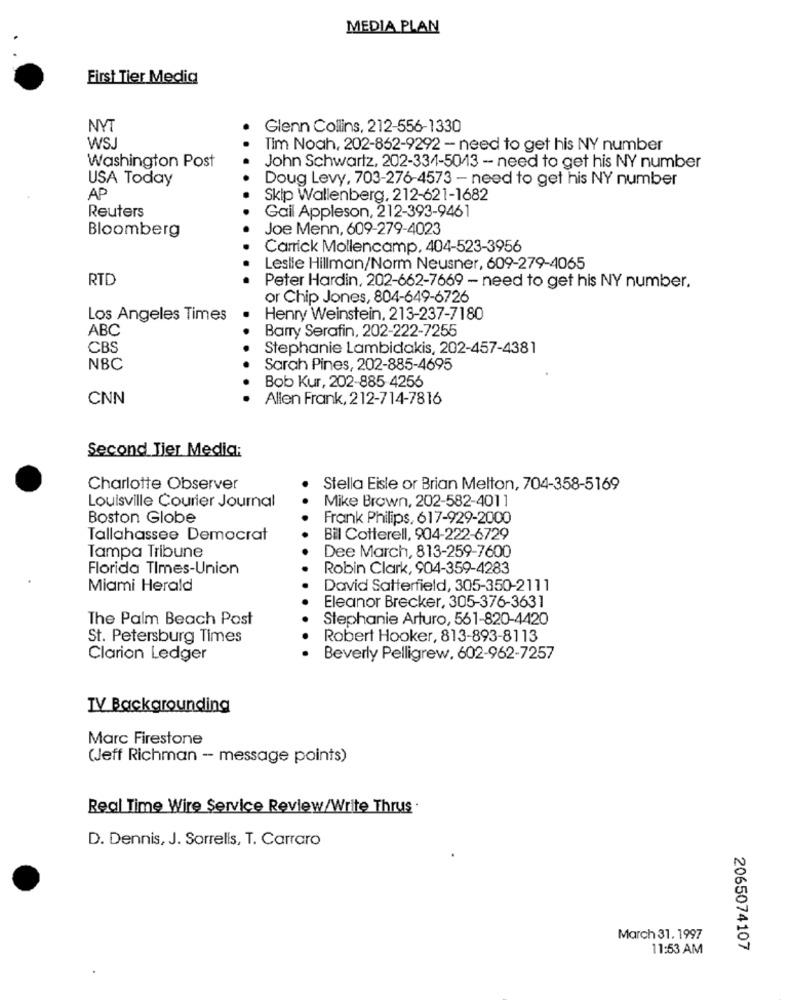
MEDIA PLAN
First Tier Media
NYT
Glenn Collins, 212-556-1330
WSJ
Tim Noah, 202-862-9292 - need to get his NY number
Washington Post
John Schwartz, 202-334-5013 - need to get his NY number
USA Today
Doug Levy, 703-276-4573 - need to get his NY number
AP
Skip Wallenberg, 212-621-1682
Reuters
Gail Appleson, 212-393-9461
Joe Menn, 609-279-4023
Bloomberg
Carrick Mollencamp, 404-523-3956
Leslie Hillman/Norm Neusner, 609-279-4065
RTD
Peter Hardin, 202-662-7669 - need to get his NY number.
or Chip Jones, 804-649-6726
Los Angeles Times
Henry Weinstein, 213-237-7180
ABC
Barry Serafin, 202-222-7255
CBS
Stephanie Lambidakis, 202-457-4381
NBC
Sarah Pines, 202-885-4695
Bob Kur, 202-885 4256
CNN
Allen Frank, 212-714-7816
Second Tier Media:
Charlotte Observer
Stella Eisle or Brian Melton, 704-358-5169
Louisville Courier Journal
Mike Brown, 202-582-4011
Boston Globe
Frank Philips, 617-929-2000
Tallahassee Democrat
Bil Cotterell, 904-222-6729
Dee March, 813-259-7600
Tampa Tribune
Florida Times-Union
Robin Clark, 904-359-4283
Miami Herald
David Satterfield, 305-350-2111
Eleanor Brecker, 305-376-3631
The Palm Beach Post
Stephanie Arturo, 561-820-4420
St. Petersburg Times
Robert Hooker, 813-893-8113
Clarion Ledger
Beverly Pelligrew, 602-962-7257
IV Backgrounding
Marc Firestone
(Jeff Richman - message points)
Real Time Wire Service Review/Write Thrus .
D. Dennis, J. Sorrells, T. Carraro
March 31. 1997
11:53 AM
2065074107